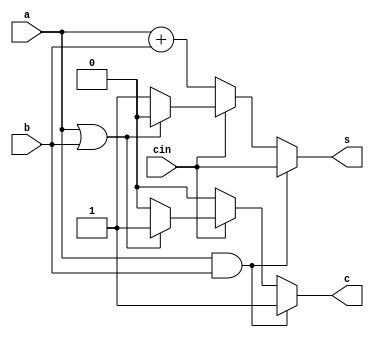
module bit_be(s,c,a,b,cin);
input a,b,cin;
output s,c;
reg s,c;
always @(*)
begin
if(a==1 & b==1)
begin
s=cin;
c=1;
end
else
begin
        if(cin==0)
        begin
        s=a+b;c=0;
        end
        else
        begin
        if(a==1 | b==1)
        begin s=0;c=1; end
        else 
        begin 
        s=1;c=0;
        end
        end
end
end
endmodule

module testbench;
reg a,b,cin;
wire s,c;
bit_be mod(s,c,a,b,cin);
initial
begin 
$dumpvars();
$dumpfile("1bit.vcd");
$monitor($time,"a=%b b=%b cin=%b s=%b c=%b",a,b,cin,s,c);
#0 a=1'b0;
b=1'b1;
cin=1'b1;
#5 a=1'b1;
b=1'b1;
cin = 1'b0;
#10 a=1'b1;
b=1'b0;
cin = 1'b0;
end
endmodule